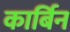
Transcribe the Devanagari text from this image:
कार्बिन